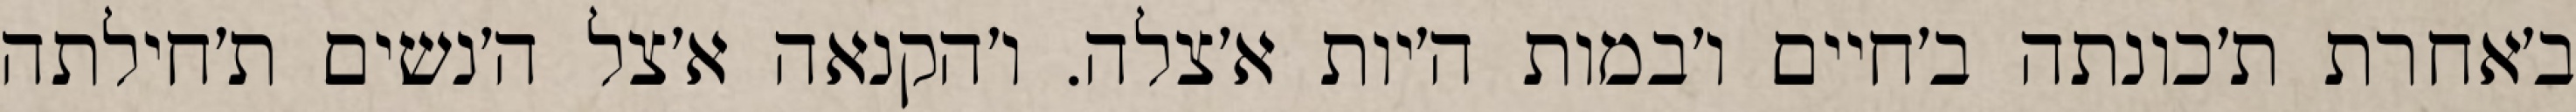
ב׳אחרת ת׳כונתה ב׳חיים ו׳במות ה׳יות א׳צלה. ו׳הקנאה א׳צל ה׳נשים ת׳חילתה